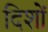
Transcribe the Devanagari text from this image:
दिशों